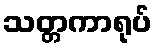
သတ္တကာရုပ်